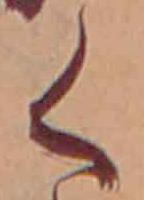
く